Report of the Indian Hemp Drugs Commission, 1894-1895 - Volume IV
Year: 1894
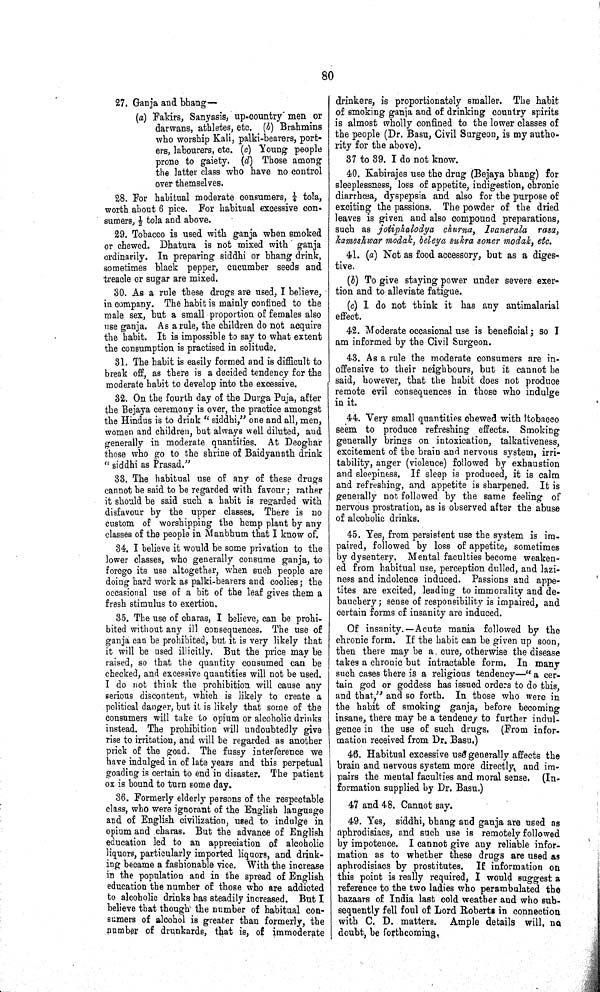
80
27. Ganja and bhang—
(a) Fakirs, Sanyasis, up-country men or
darwans, athletes, etc. (b) Brahmins
who worship Kali, palki-bearers, port¬
ers, labourers, etc. (c) Young people
prone to gaiety. (d) Those among
the latter class who have no control
over themselves.
28. For habitual moderate consumers, 1/4 tola,
worth about 6 pice. For habitual excessive con¬
sumers, 1/2 tola and above.
29. Tobacco is used with ganja when smoked
or chewed. Dhatura is not mixed with ganja
ordinarily. In preparing siddhi or bhang drink,
sometimes black pepper, cucumber seeds and
treacle or sugar are mixed.
30. As a rule these drugs are used, I believe,
in company. The habit is mainly confined to the
male sex, but a small proportion of females also
use ganja. As a rule, the children do not acquire
the habit. It is impossible to say to what extent
the consumption is practised in solitude.
31. The habit is easily formed and is difficult to
break off, as there is a decided tendency for the
moderate habit to develop into the excessive.
32. On the fourth day of the Durga Puja, after
the Bejaya ceremony is over, the practice amongst
the Hindus is to drink "siddhi," one and all, men,
women and children, but always well diluted, and
generally in moderate quantities. At Deoghar
those who go to the shrine of Baidyanath drink
"siddhi as Prasad."
33. The habitual use of any of these drugs
cannot be said to be regarded with favour; rather
it should be said such a habit is regarded with
disfavour by the upper classes. There is no
custom of worshipping the hemp plant by any
classes of the people in Manbhum that I know of.
34. I believe it would be some privation to the
lower classes, who generally consume ganja, to
forego its use altogether, when such people are
doing hard work as palki-bearers and coolies; the
occasional use of a bit of the leaf gives them a
fresh stimulus to exertion.
35. The use of charas, I believe, can be prohi¬
bited without any ill consequences. The use of
ganja can be prohibited, but it is very likely that
it will be used illicitly. But the price may be
raised, so that the quantity consumed can be
checked, and excessive quantities will not be used.
I do not think the prohibition will cause any
serious discontent, which is likely to create a
political danger, but it is likely that some of the
consumers will take to opium or alcoholic drinks
instead. The prohibition will undoubtedly give
rise to irritation, and will be regarded as another
prick of the goad. The fussy interference we
have indulged in of late years and this perpetual
goading is certain to end in disaster. The patient
ox is bound to turn some day.
36. Formerly elderly persons of the respectable
class, who were ignorant of the English language
and of English civilization, used to indulge in
opium and charas. But the advance of English
education led to an appreciation of alcoholic
liquors, particularly imported liquors, and drink¬
ing became a fashionable vice. With the increase
in the population and in the spread of English
education the number of those who are addicted
to alcoholic drinks has steadily increased. But I
believe that though the number of habitual con¬
sumers of alcohol is greater than formerly, the
number of drunkards, that is, of immoderate
drinkers, is proportionately smaller. The habit
of smoking ganja and of drinking country spirits
is almost wholly confined to the lower classes of
the people (Dr. Basu, Civil Surgeon, is my autho¬
rity for the above).
37 to 39. I do not know.
40. Kabirajes use the drug (Bejaya bhang) for
sleeplessness, loss of appetite, indigestion, chronic
diarrhœa, dyspepsia and also for the purpose of
exciting the passions. The powder of the dried
leaves is given and also compound preparations,
such as jotiphalodya churna, Ivanerala rasa,
kameshwar modak, beleya sukra soner modak, etc.
41. (a) Not as food accessory, but as a diges¬
tive.
(b) To give staying power under severe exer¬
tion and to alleviate fatigue.
(c) I do not think it has any antimalarial
effect.
42. Moderate occasional use is beneficial; so I
am informed by the Civil Surgeon.
43. As a rule the moderate consumers are in¬
offensive to their neighbours, but it cannot be
said, however, that the habit does not produce
remote evil consequences in those who indulge
in it.
44. Very small quantities chewed with tobacco
seem to produce refreshing effects. Smoking
generally brings on intoxication, talkativeness,
excitement of the brain and nervous system, irri¬
tability, anger (violence) followed by exhaustion
and sleepiness. If sleep is produced, it is calm
and refreshing, and appetite is sharpened. It is
generally not followed by the same feeling of
nervous prostration, as is observed after the abuse
of alcoholic drinks.
45. Yes, from persistent use the system is im¬
paired, followed by loss of appetite, sometimes
by dysentery. Mental faculties become weaken¬
ed from habitual use, perception dulled, and lazi¬
ness and indolence induced. Passions and appe¬
tites are excited, leading to immorality and de¬
bauchery; sense of responsibility is impaired, and
certain forms of insanity are induced.
Of insanity.—Acute mania followed by the
chronic form. If the habit can be given up soon,
then there may be a cure, otherwise the disease
takes a chronic but intractable form. In many
such cases there is a religious tendency—"a cer¬
tain god or goddess has issued orders to do this,
and that," and so forth. In those who were in
the habit of smoking ganja, before becoming
insane, there may be a tendency to further indul¬
gence in the use of such drugs. (From infor¬
mation received from Dr. Basu.)
46. Habitual excessive use generally affects the
brain and nervous system more directly, and im¬
pairs the mental faculties and moral sense. (In¬
formation supplied by Dr. Basu.)
47 and 48. Cannot say.
49. Yes, siddhi, bhang and ganja are used as
aphrodisiacs, and such use is remotely followed
by impotence. I cannot give any reliable infor¬
mation as to whether these drugs are used as
aphrodisiacs by prostitutes. If information on
this point is really required, I would suggest a
reference to the two ladies who perambulated the
bazaars of India last cold weather and who sub¬
sequently fell foul of Lord Roberts in connection
with C. D. matters. Ample details will, no
doubt, be forthcoming.